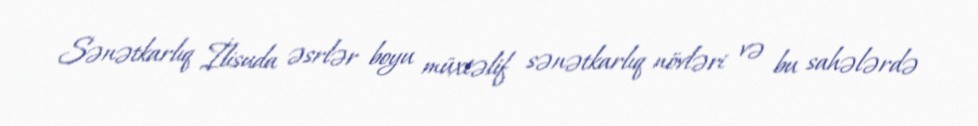
Sənətkarlıq İlisuda əsrlər boyu müxtəlif sənətkarlıq növləri və bu sahələrdə